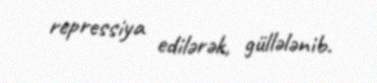
repressiya edilərək, güllələnib.